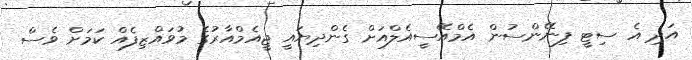
އަދި އެ ސިޓީ ފިނޭންސުން އެމްއޭސީއެލްއަށް ގެންދިޔައީ ޖީއެމްއާރުގެ މުވައްޒިފެއް ކަމަށް ވެސް